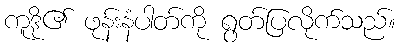
ကူဒို၏ ဖုန်းနံပါတ်ကို ရွတ်ပြလိုက်သည်။